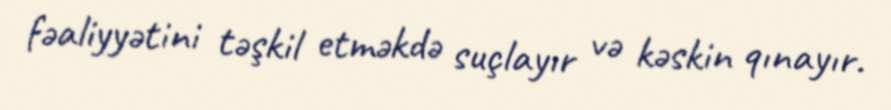
fəaliyyətini təşkil etməkdə suçlayır və kəskin qınayır.